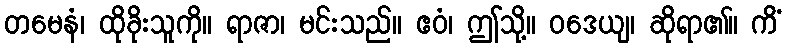
တမေနံ၊ ထိုခိုးသူကို။ ရာဇာ၊ မင်းသည်။ ဧဝံ၊ ဤသို့။ ဝဒေယျ၊ ဆိုရာ၏။ ကိံ